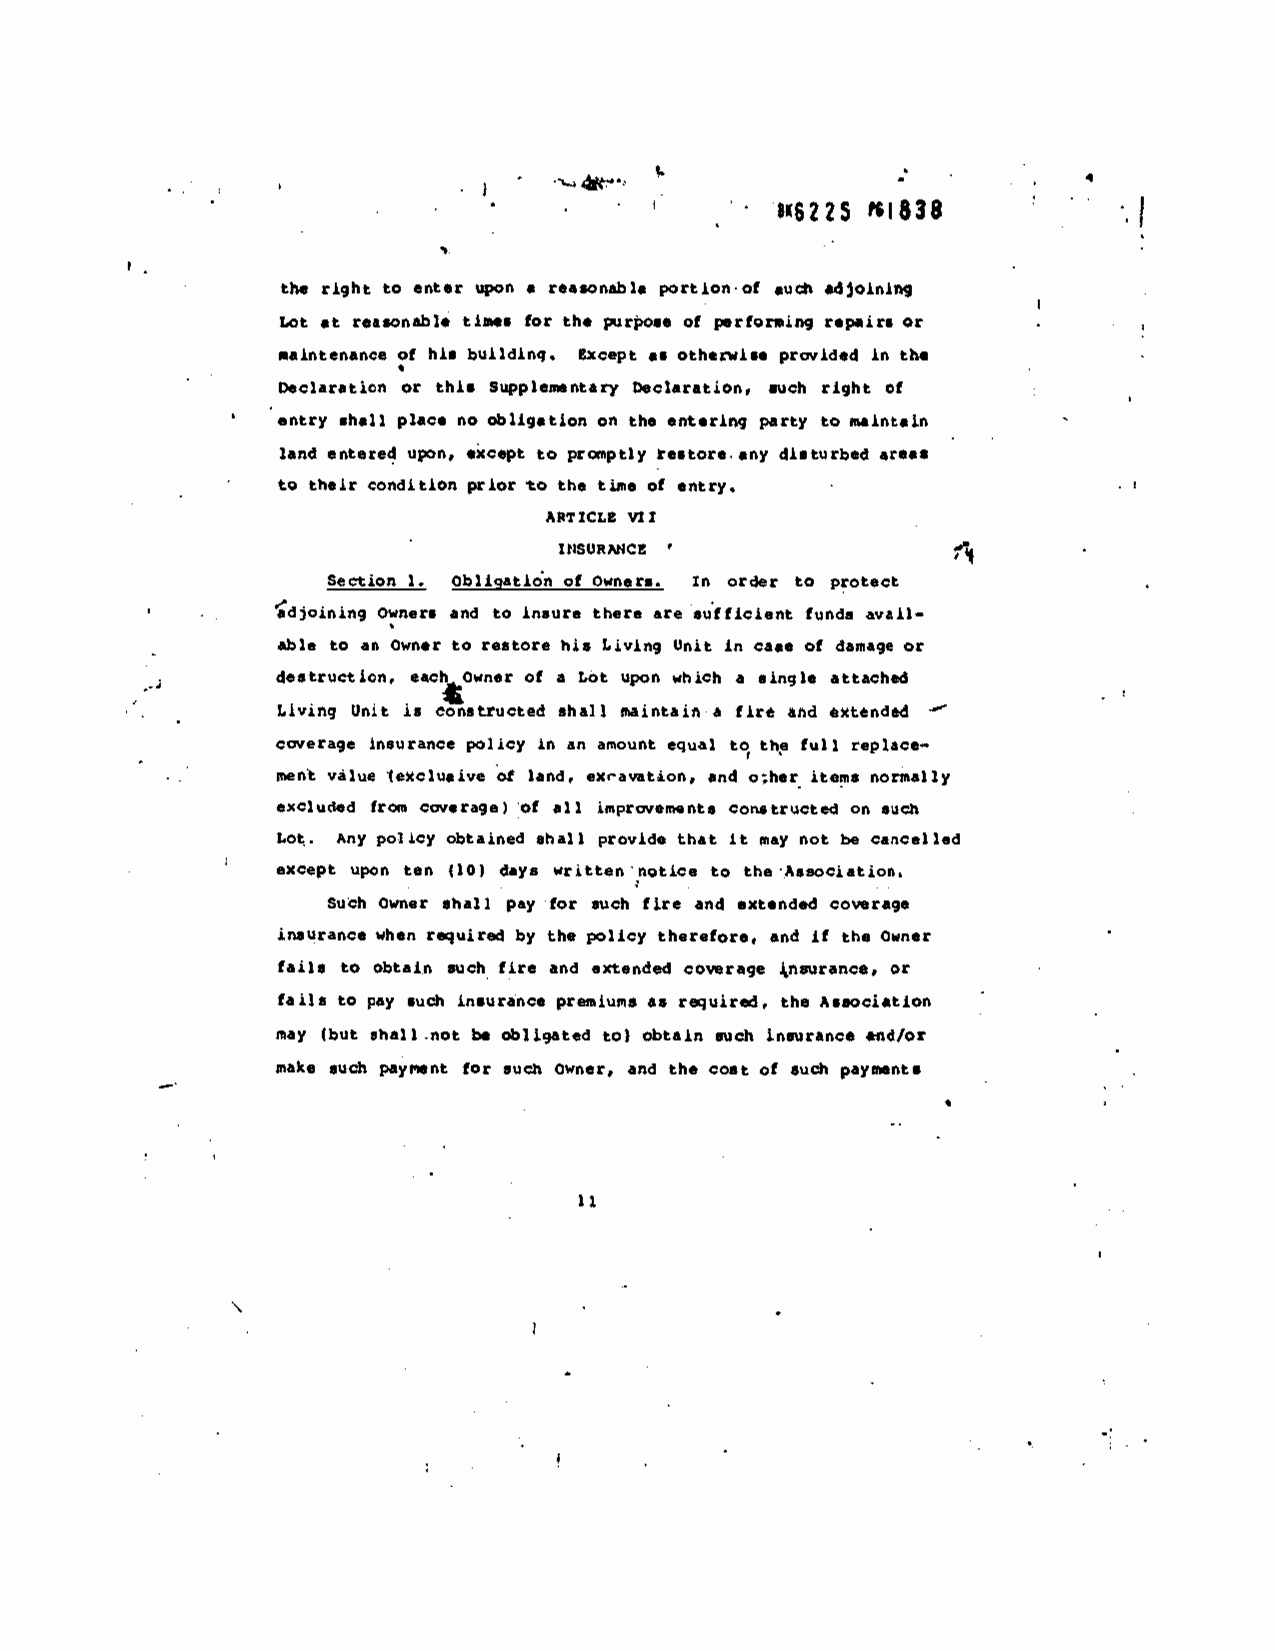
I.
 • 6?ZS ?$1838
 the right to eftt•r upon a reasonable portion• of such .djoinhvbg
 at reasonable tia,.. for th purpo.. of perfor.ing r.pairs or
 Lot
 caintenance of his buildinq. Except as otherwise provided in the
 Declaration or this Supplementary Declaration, such right ci
 entry shall plac. no obligation on the entering party toffiairstein
 land entered upon. •xc.pt to praptly restore any disturbed area.
 to their condition prior to the tijie of entry.
 APTICLB VI'
 '
 fl
 INSURNIC!
 Section 1. Obliqatidn of Owners. In order to protect
 djoining Owners and to insure ther, are sufficient fund, avail-
 able to an Owner to restore his Living Unit in case of danage or
 destruction, each Owner of a Lot upon which a single attached
 Unit is constructed shall maintain a fire aad extended —
 Living
 coverage insurance policy in an amount equal to the full replace—
 I',en value lexciqaive of land, exravation, and other items normally
 eXcluded from coverage) of all improvements constructed on *13th
 it
 Lot. Any policy obtained shall provide that nay not be cancelled
 except upon ten (10) days written notice to the Association.
 Such Owner shall pay for such fire and extended coverage
 inaurance when required by the policy therefore, and if the Owner
 fails to obtain such fire and extended coverage tnsurancs, or
 fails to pay such insurance prei.iuns as required, the &s.ociation
 may (but shall -not be thIj9ated to) obtain such insurance nd/Or
 make such payment for such Owner, and the cost of such payft.nts
 11